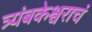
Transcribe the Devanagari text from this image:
त्र्यंबकेश्वराचं